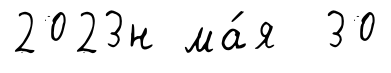
2023н ма́я 30